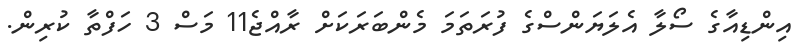
އިންޑިއާގެ ސޯލާ އެލަޔަންސްގެ ފުރަތަމަ މެންބަރަކަށް ރާއްޖެ11 މަސް 3 ހަފްތާ ކުރިން.